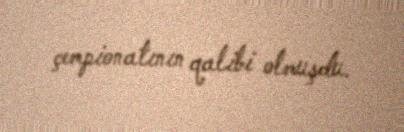
çempionatının qalibi olmuşdu.